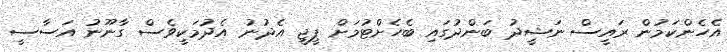
އެހެންކަމުން ރައީސް ނަޝީދު ބަންދުގައި ބެހެށްޓުމަށް ޕީޖީ އެދުނު އެދުމަކީވެސް ގާނޫނު އަސާސީ